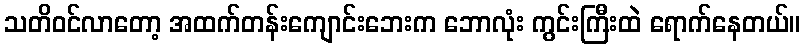
သတိဝင်လာတော့ အထက်တန်းကျောင်းဘေးက ဘောလုံး ကွင်းကြီးထဲ ရောက်နေတယ်။